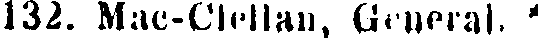
132. Mac-Clellan, General. -